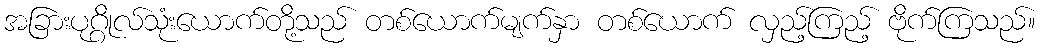
အခြားပုဂ္ဂိုလ်သုံးယောက်တို့သည် တစ်ယောက်မျက်နှာ တစ်ယောက် လှည့်ကြည့် ဗိုက်ကြသည်။